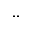
. .